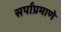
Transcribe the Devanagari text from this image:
सर्पांप्रमाणे